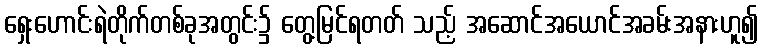
ရှေးဟောင်းရဲတိုက်တစ်ခုအတွင်း၌ တွေ့မြင်ရတတ် သည့် အဆောင်အယောင်အခမ်းအနားဟူ၍